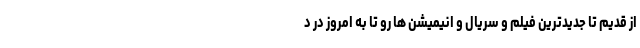
از قدیم تا جدیدترین فیلم و سریال و انیمیشن ها رو تا به امروز در د